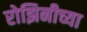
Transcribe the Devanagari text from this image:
रोझिनीच्या